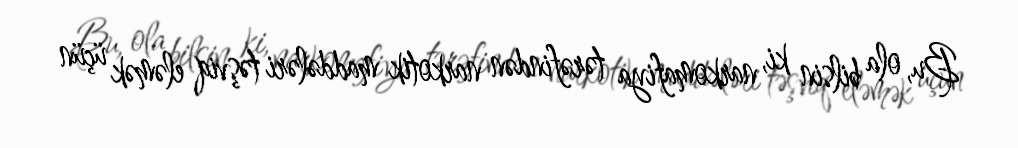
Bu, ola bilsin ki, narkomafiya tərəfindən narkotik maddələri təşviq eləmək üçün